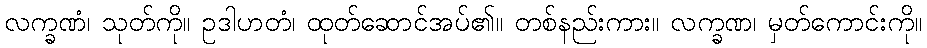
လက္ခဏံ၊ သုတ်ကို။ ဥဒါဟတံ၊ ထုတ်ဆောင်အပ်၏။ တစ်နည်းကား။ လက္ခဏ၊ မှတ်ကောင်းကို။